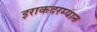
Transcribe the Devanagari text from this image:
इराकदरम्यान